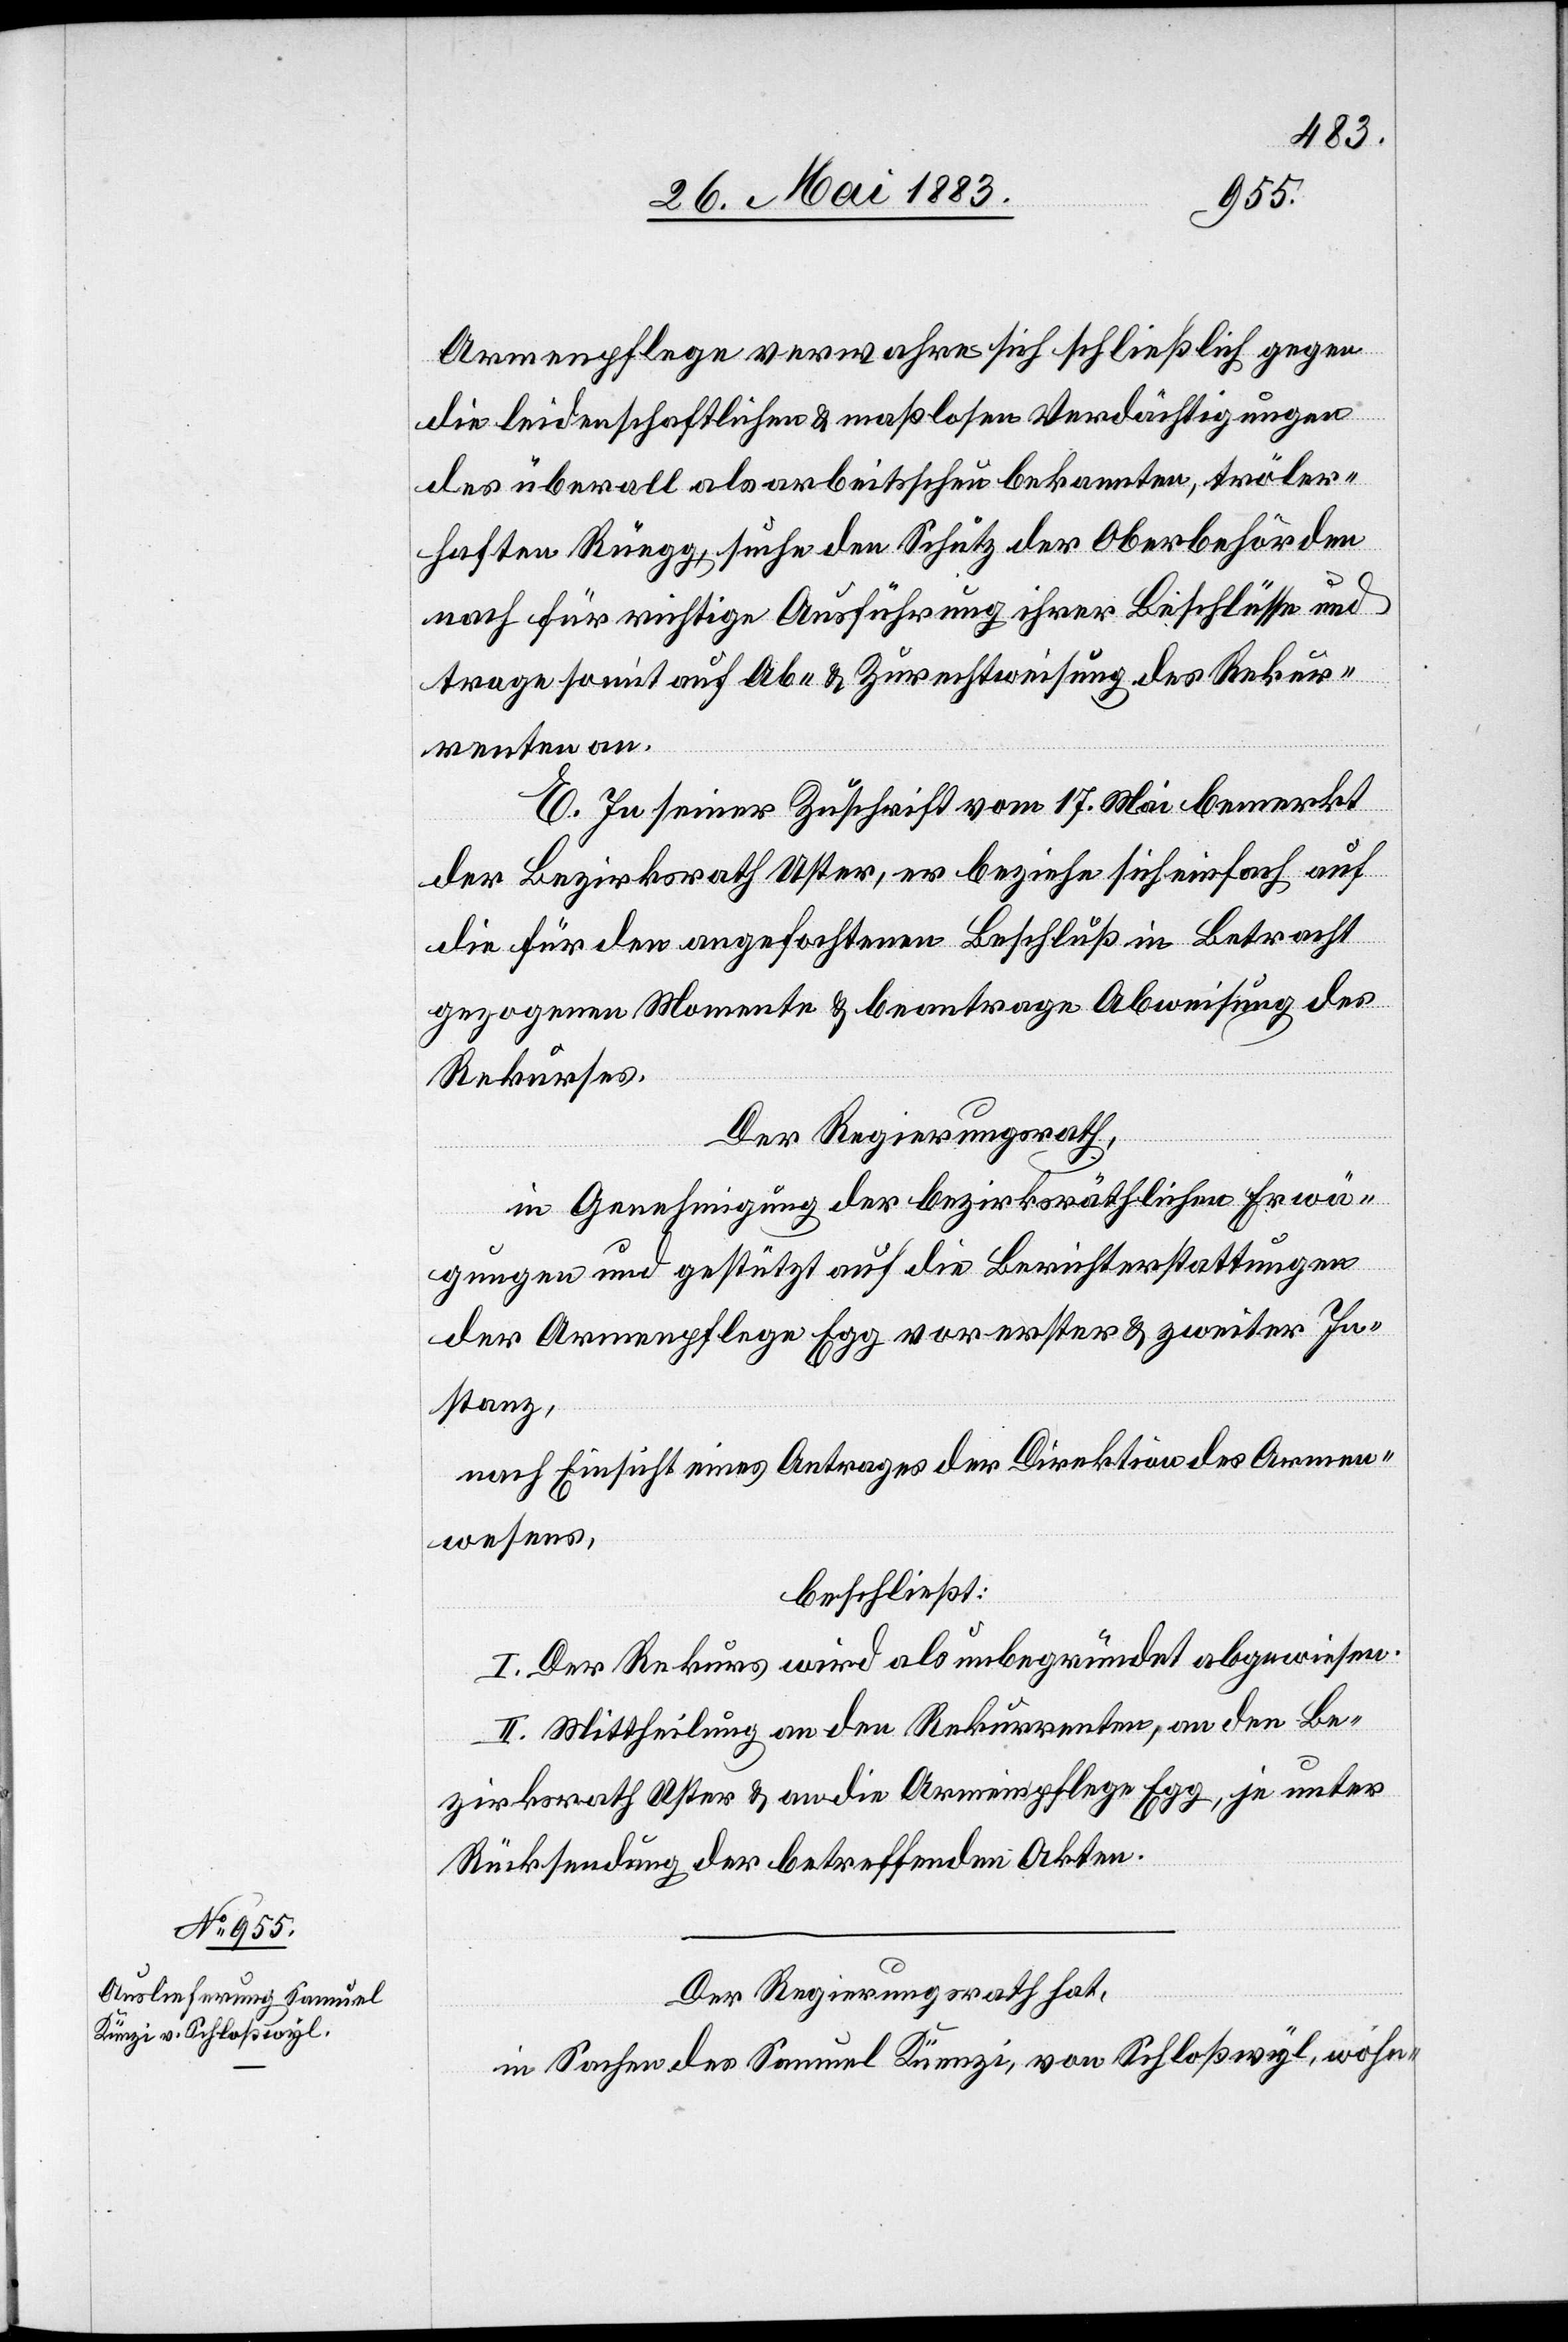
Armenpflege verwahre sich schließlich gegen
die leidenschaftlichen & maßlosen Verdächtigungen
des überall als arbeitsscheu bekannten, tröler¬
haften Rüegg, suche den Schutz der Oberbehörden
nach für richtige Ausführung ihrer Beschlüsse und
trage somit auf Ab- & Zurechtweisung des Rekur¬
renten an.
E. In seiner Zuschrift vom 17. Mai bemerkt
der Bezirksrath Uster, er beziehe sich einfach auf
die für den angefochtenen Beschlüssen in Betracht
gezogenen Momente & beantrage Abweisung des
Rekurses.
Der Regierungsrath,
in Genehmigung der bezirksräthlichen Erwä¬
gungen und gestützt auf die Berichterstattungen
der Armenpflege Egg vor erster & zweiter In¬
stanz,
nach Einsicht eines Antrages der Direktion des Armen¬
wesens,
beschließt:
I. Der Rekurs wird als unbegründet abgewiesen.
II. Mittheilung an den Rekurrenten, an den Be¬
zirksrath Uster & an de Armenpflege Egg, je unter
Rücksendung der betreffenden Akten.
Der Regierungsrath hat,
in Sachen des Samuel Künzi, von Schloßwyl, wohn-